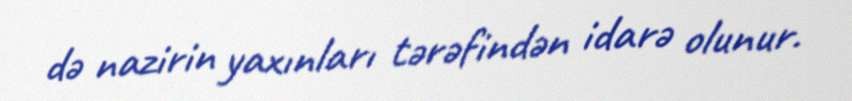
də nazirin yaxınları tərəfindən idarə olunur.